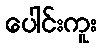
ပေါင်းကူး